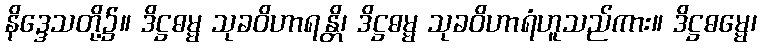
နိဒ္ဒေသတို့၌။ ဒိဋ္ဌဓမ္မ သုခဝိဟာရန္တိ၊ ဒိဋ္ဌဓမ္မ သုခဝိဟာရံဟူသည်ကား။ ဒိဋ္ဌဓမ္မေ၊